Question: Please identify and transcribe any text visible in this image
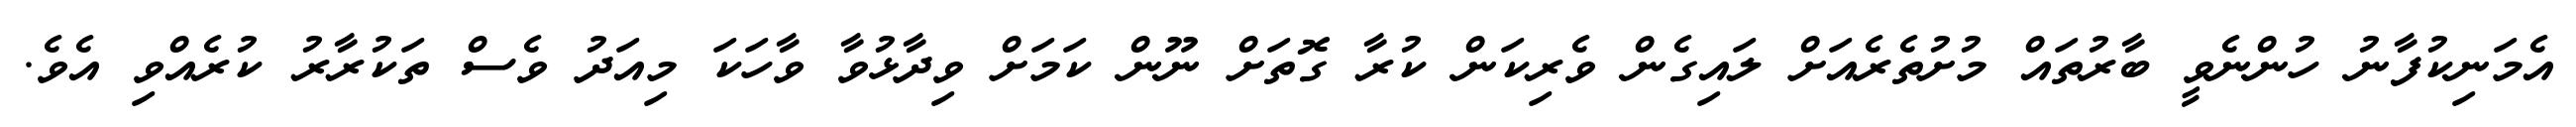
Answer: އެމަނިކުފާނު ހުންނެވީ ބާރުތައް މުށުތެރެއަށް ލައިގެން ވެރިކަން ކުރާ ގޮތަށް ނޫން ކަމަށް ވިދާޅުވާ ވާހަކަ މިއަދު ވެސް ތަކުރާރު ކުރެއްވި އެވެ.